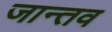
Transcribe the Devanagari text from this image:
जान्तव